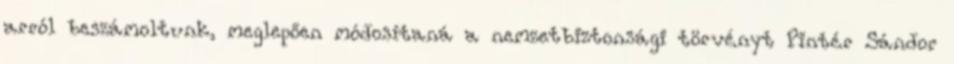
arról beszámoltunk, meglepően módosítaná a nemzetbiztonsági törvényt Pintér Sándor